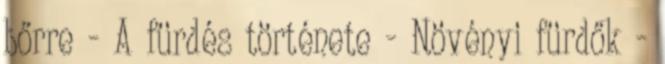
bőrre - A fürdés története - Növényi fürdők -